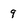
Character: 9